Report on sanitation, dispensaries, and jails in Rajputana for 1909, and on vaccination for the year 1909-1910 - 1909-1910
Year: 1909
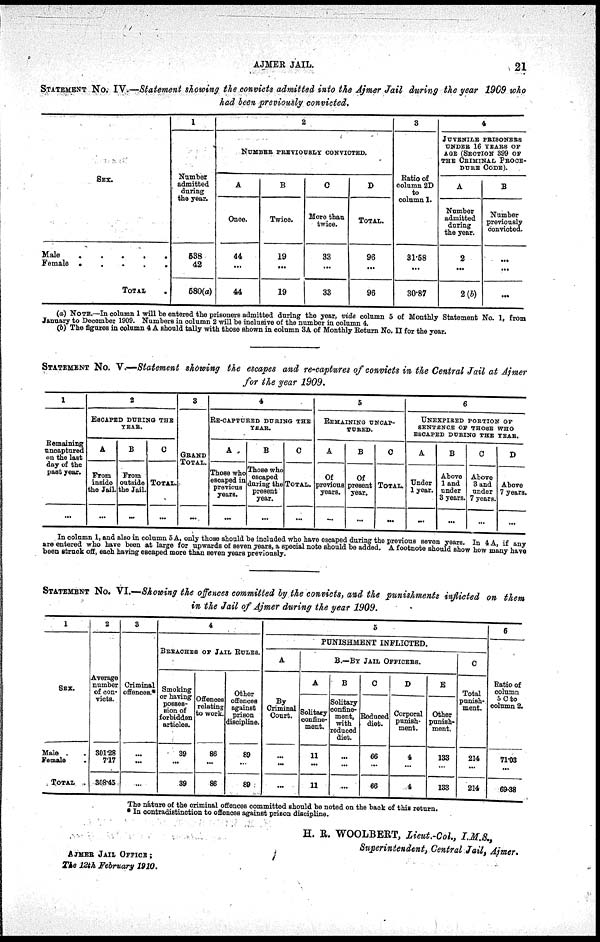
AJMER JAIL.
21
STATEMENT No. IV.—Statement showing the convicts admitted into the Ajmer Jail during the year 1909 who
had been previously convicted.
SEX.
Male
.
.
.
.
.
Female
.
.
.
.
.
TOTAL .
1
Number
admitted
during
the year.
538
42
580(a)
2
NUMBER PREVIOUSLY CONVICTED.
A
Once.
44
...
44
B
Twice.
19
...
19
C
More than
twice.
33
...
33
D
TOTAL.
96
...
96
3
Ratio of
column 2D
to
column 1.
31.58
...
30.87
4
JUVENILE PRISONERS
UNDER 16 YEARS OF
AGE (SECTION 399 OF
THE CRIMINAL PROCE¬
DURE CODE).
A
Number
admitted
during
the year.
2
...
2(b)
B
Number
previously
convicted.
...
...
...
(a) NOTE.—In column 1 will be entered the prisoners admitted during the year, vide column 5 of Monthly Statement No. 1, from
January to December 1909. Numbers in column 2 will be inclusive of the number in column 4.
(b) The figures in column 4 A should tally with those shown in column 3A of Monthly Return No. II for the year.
STATEMENT No. V —Statement showing the escapes and re-captures of convicts in the Central Jail at Ajmer
for the year 1909.
1
Remaining
uncaptured
on the last
day of the
past year.
...
2
ESCAPED DURING THE
YEAR.
A
From
inside
the jail.
...
B
From
outside
the Jail.
...
C
TOTAL.
...
3
GRAND
TOTAL.
...
4
RE-CAPTURED DURING THE
YEAR.
A
Those who
escaped in
previous
years.
...
B
Those who
escaped
during the
present
year.
...
C
TOTAL.
...
5
REMAINING UNCAP¬
TURED.
A
Of
previous
years.
...
B
Of
present
year.
...
C
TOTAL.
...
6
UNEXPIRED PORTION OF
SENTENCE OF THOSE WHO
ESCAPED DURING THE YEAR.
A
Under
1 year.
...
B
Above
1 and
under
3 years.
...
C
Above
3 and
under
7 years.
...
D
Above
7 years.
...
In column 1, and also in column 5 A, only those should be included who have escaped during the previous seven years. In 4 A, if any
are entered who have been at large for upwards of seven years, a special note should be added. A footnote should show how many have
been struck off, each having escaped more than seven years previously.
STATEMENT No. VI.—Showing the offences committed by the convicts, and the punishments inflicted on them
in the Jail of Ajmer during the year 1909.
1
SEX.
Male .
Female .
TOTAL .
2
Average
number
of con¬
victs.
301.28
7.17
308.45
3
Criminal
offences.*
...
...
...
4
BEEACHES OF JAIL RULES.
Smoking
or having
posses-
sion of
forbidden
articles.
39
...
39
Offences
relating
to work.
86
...
86
Other
offences
against
prison
discipline.
89
...
89
5
PUNISHMENT INFLICTED.
A
By
criminal
court.
...
...
...
B.—BY JAIL OFFICERS.
A
Solitary
confine-
ment.
11
...
11
B
Solitary
confine-
ment,
with
reduced
diet.
...
...
...
C
Reduced
diet.
66
...
66
D
Corporal
punish¬
ment.
4
...
4
E
Other
punish-
ment.
133
...
133
C
Total
punish¬
ment.
214
...
214
6
Ratio of
column
5C to
column 2.
71.03
...
69.38
The nature of the criminal offences committed should be noted on the back of this return.
* In contradistinction to offences against prison discipline.
H. R. WOOLBERT, Lieut.-Col., I.M.S.,
Superintendent, Central Jail, Ajmer.
AJMER JAIL OFFICE;
The 12th February
1910.